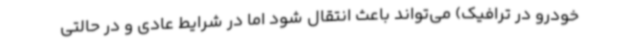
خودرو در ترافیک) می‌تواند باعث انتقال شود اما در شرایط عادی و در حالتی